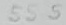
Text: 555